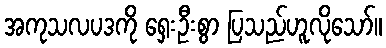
အကုသလပဒကို ရှေးဦးစွာ ပြသည်ဟူလိုသော်။